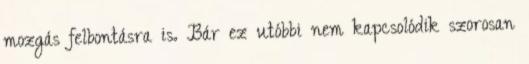
mozgás felbontásra is. Bár ez utóbbi nem kapcsolódik szorosan